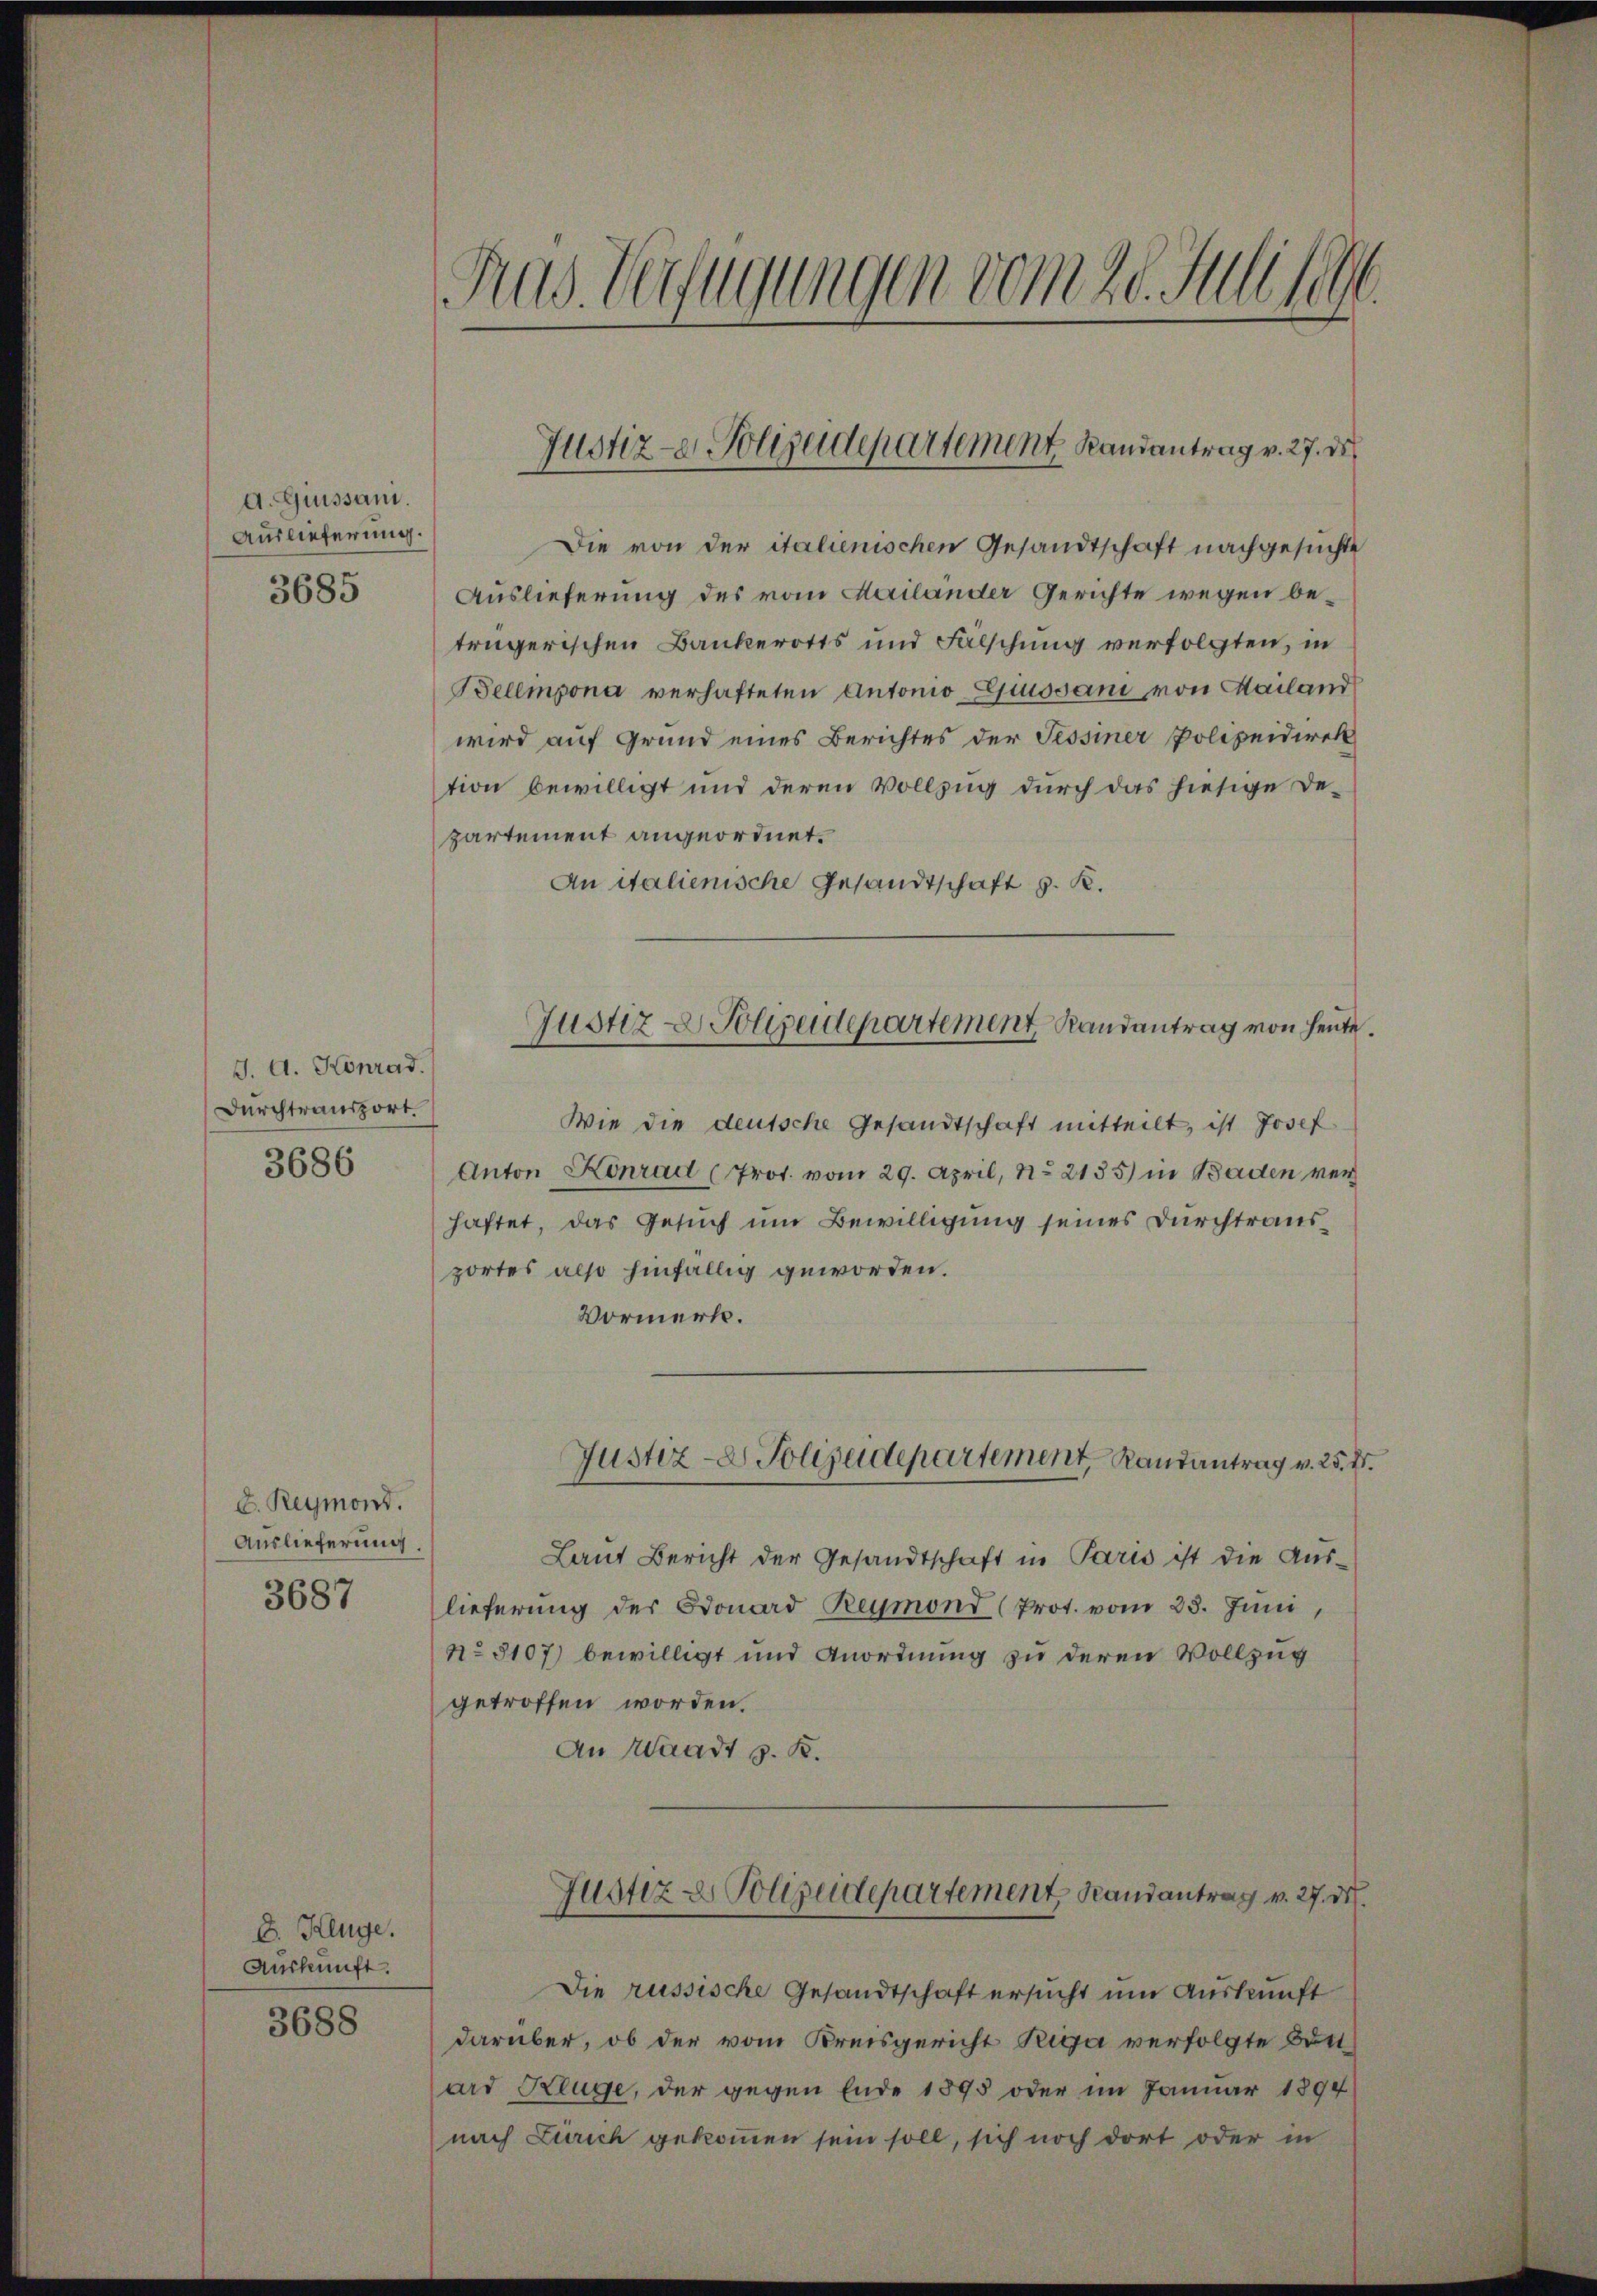
d. Giussani.
Auslieferung.
3685

J. A. Konrad.
Durchtransport.

3686

D. Reymond.
Auslieferung.
3687

E. Kluge.
Auskunft.
3688

.
Rus Verfügungen vom 20. Julliten.

Justiz-er Polizeidepartement Randantrag v. 27. de

Die von der italienischen Gesandtschaft nachgesuchte
Auslieferung des vom Mailander Gerichte wegen betrügerischen Bankerotts und Fälschung verfolgten, in
Bellmpona verhafteten Antonio Ejussani von Mailand
wird auf Grund eines Berichtes der Tessiner Polizeidirek
tion bewilligt und deren Vollzug durch das hiesige De-
partement angeordnet.
An italienische Gesandtschaft z. B.
Wie die deutsche Gesandtschaft mitteilt, ist Josef
Anton Konrad (Prot. vom 29. April, No 2135) in Baden verhaftet, das Gesuch um Bewilligung seines Durchtrausportes also hinfällig geworden.
Vormerk.
Justiz- & Polizeidepartement, Randantrag v. 25. d.
Laut Bericht der Gesandtschaft in Paris ist die Aus-
lieferung der Donard Reymond (Prot. vom 23. Juni,
N° 8107) bewilligt und Anordnung zu deren Vollzug
getroffen worden.
An Waadt z. B.

Justiz & Polizeidepartement, Randantrag von heute

Die russische Gesandtschaft ersucht um Auskunft
darüber, ob der vom Kreisgericht Riga verfolgte Bitt
ard Reuge, der gegen Ende 1895 oder im Januar 1894
nach Zürich gekommen sein soll, sich noch dort oder in

Justiz & Polizeidepartement Randantrag v. 27. d.